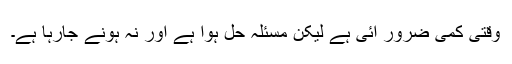
وقتی کمی ضرور آئی ہے لیکن مسئلہ حل ہوا ہے اور نہ ہونے جارہا ہے۔